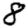
Digit: 8